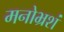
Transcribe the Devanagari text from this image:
मनोभ्रशं